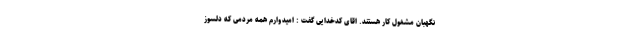
نگهبان مشغول کار هستند. اقای کدخدایی گفت : امیدوارم همه مردمی که دلسوز